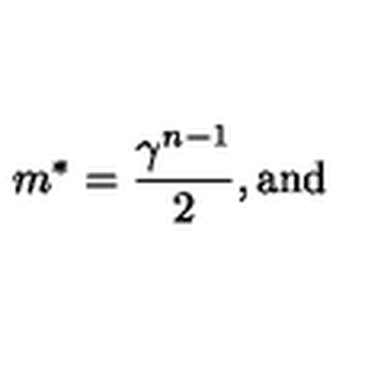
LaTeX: m \sp { * } = { \frac { \gamma \sp { n - 1 } } { 2 } } , \mathrm { a n d }